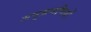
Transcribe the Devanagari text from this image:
अनुक्रमणियों